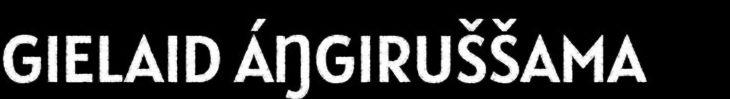
GIELAID ÁŊGIRUŠŠAMA